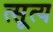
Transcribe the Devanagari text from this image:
त्सूत्य